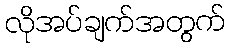
လိုအပ်ချက်အတွက်